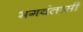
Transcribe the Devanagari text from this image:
भगवंतासी